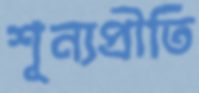
শূন্যপ্রীতি